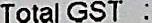
TOTAL GST :